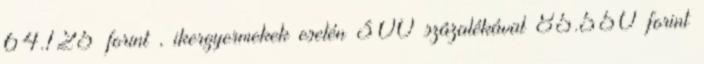
64.125 forint , ikergyermekek esetén 300 százalékával 85.550 forint